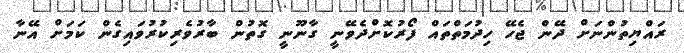
ރައްޔިތުންނަށް ދޭން ޖެހޭ ހިދުމަތްތައް ފޯރުކޮށްދެވޭނީ ގާނޫނީ ގޮތުން ބާރުވެރިކުރުވައިގެން ކަމަށް އޭނާ